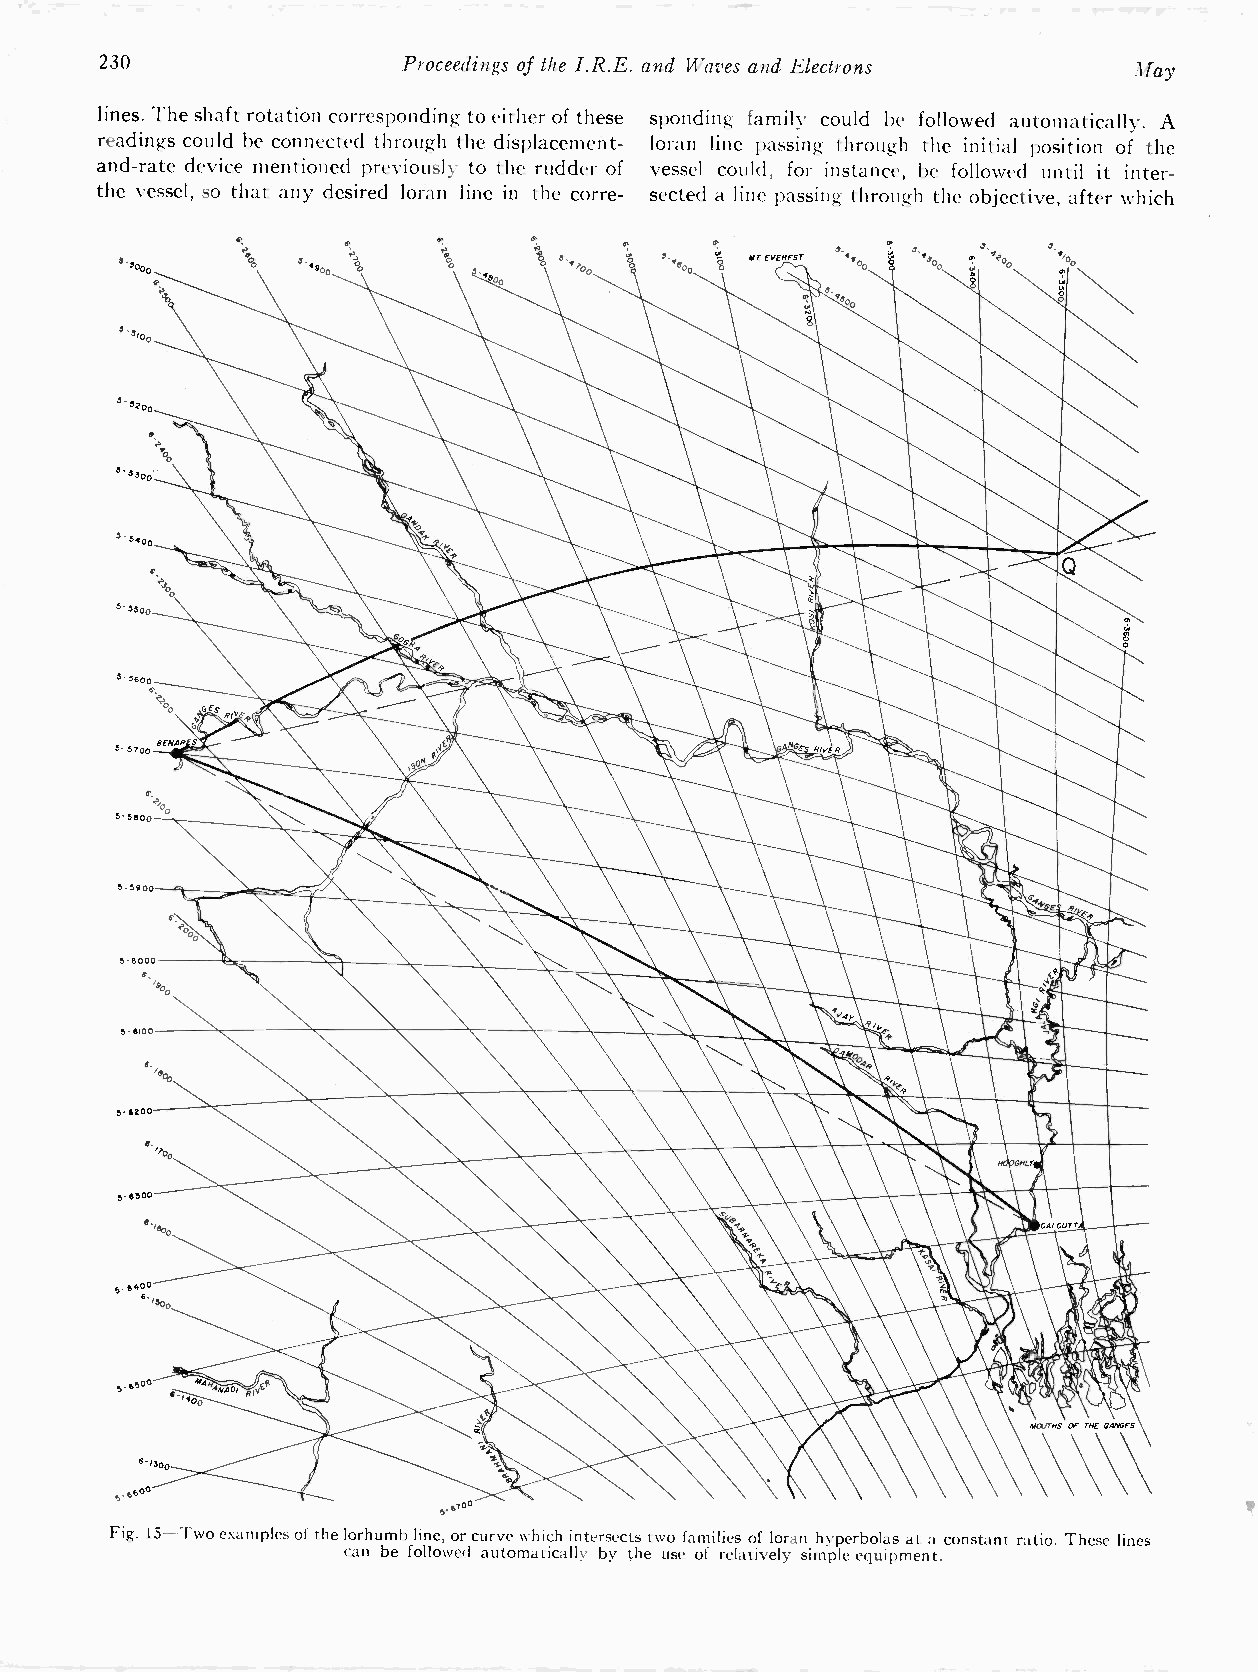
230                 Proceedings of the I.R.E. and Waves and Electrons May
 lines. The shaft rotation corresponding to either of these sponding family could be followed automatically. A
 readings could be connected through the displacement - loran line passing through the initial position of the
 and -rate device mentioned previously to the rudder of vessel could, for instance, be followed until it inter-
 the vessel, so that any desired loran line in the corre- sected a line passing through the objective, after which
 O
 6.      95           116                  Alf EVEREST '100 00
 00
 3-5500
 3-5600
 00
 5-5700 8ENA
 e,
 70
 5-5900
 5-5900
 5-6000
 e,
 5-6,00
 5.6200
 5-0300
 sy
 6.13 0
 5.560°
 ..000
 Fig. 15-Two examples of the lorhumb line, or curve which intersects two families of loran hyperbolas at a constant ratio. These lines
 can be followed automatically by the use of relatively simple equipment.